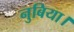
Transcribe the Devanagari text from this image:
नुबिया।